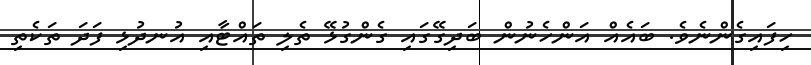
ހިފައިގެންނެވެ. ބައެއް އަންހެނުން ބަދިގޭގައި ގެންގުޅޭ ތެލި ތައްޓާއި އުނދުޅި ފަދަ ތަކެތި